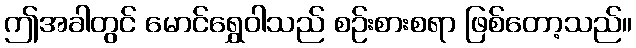
ဤအခါတွင် မောင်ရွှေဝါသည် စဉ်းစားစရာ ဖြစ်တော့သည်။